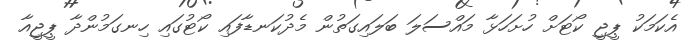
އެކަމަކު ޕީޖީ ކޯޓަށް ހުށަހަޅާ މައްސަލަ ބަލައިގަތުން މެދުކަނޑާފައި ކޯޓުގައި ހިނގަމުންދާ ޕީޖީއާ